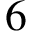
6